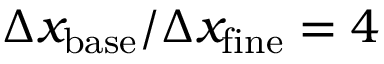
\Delta x _ { \mathrm { b a s e } } / \Delta x _ { \mathrm { f i n e } } = 4